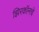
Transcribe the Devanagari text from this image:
झिरकॉनचे